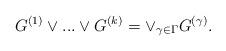
\begin{align*} G^{(1)}\vee ...\vee G^{(k)}=\vee_{\gamma\in\Gamma} G^{(\gamma)}.\end{align*}